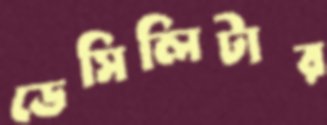
ডেসিলিটার